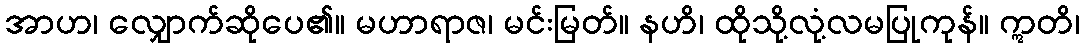
အာဟ၊ လျှောက်ဆိုပေ၏။ မဟာရာဇ၊ မင်းမြတ်။ နဟိ၊ ထိုသို့လုံ့လမပြုကုန်။ ဣတိ၊